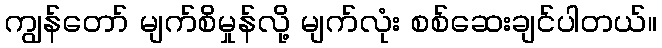
ကျွန်တော် မျက်စိမှုန်လို့ မျက်လုံး စစ်ဆေးချင်ပါတယ်။